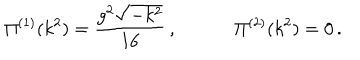
\Pi ^ { ( 1 ) } ( k ^ { 2 } ) = \frac { g ^ { 2 } \sqrt { - k ^ { 2 } } } { 1 6 } \, , \; \; \Pi ^ { ( 2 ) } ( k ^ { 2 } ) = 0 \, .